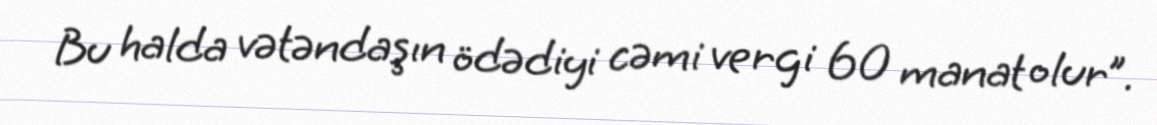
Bu halda vətəndaşın ödədiyi cəmi vergi 60 manat olur”.